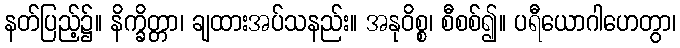
နတ်ပြည့်၌။ နိက္ခိတ္တာ၊ ချထားအပ်သနည်း။ အနုဝိစ္စ၊ စီစစ်၍။ ပရီယောဂါဟေတွာ၊